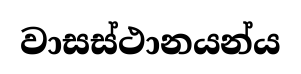
වාසස්ථානයන්ය